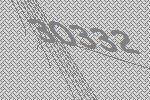
30332